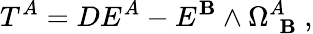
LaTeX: T^{A}=DE^{A}-E^{\mathbf{B}}\wedge\Omega_{~~\mathbf{B}}^{A}~,